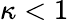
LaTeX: \kappa<1